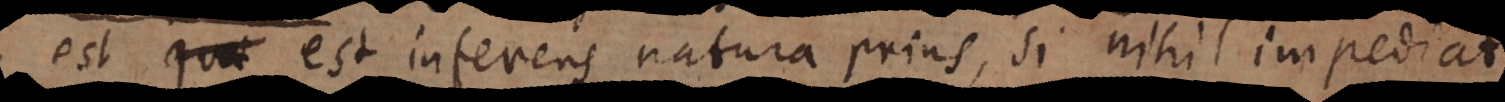
e, est inferens natura prius, si nihil impediat.